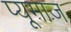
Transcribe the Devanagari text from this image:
प्यूमाज